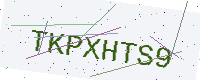
Text: TKPXHTS9